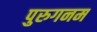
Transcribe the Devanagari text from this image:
पुरुगनम